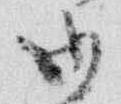
御